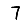
Digit: 7